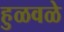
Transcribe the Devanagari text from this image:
हुळवळे